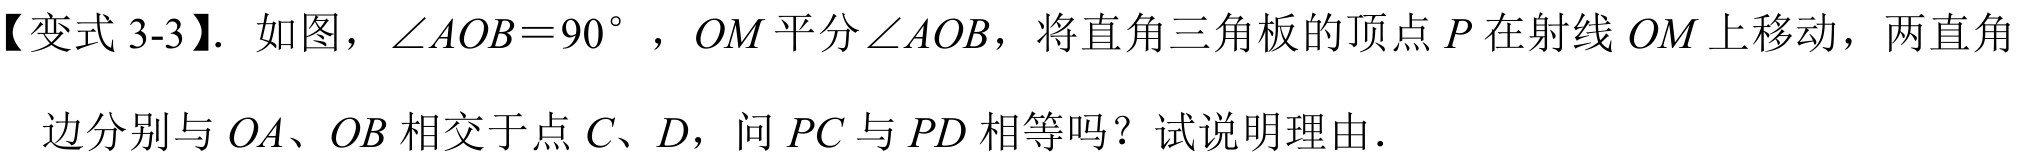
【变式 3-3】. 如图，$\angle AOB = 90^{\circ}$，$OM$平分$\angle AOB$，将直角三角板的顶点$P$在射线$OM$上移动，两直角边分别与$OA$、$OB$相交于点$C$、$D$，问$PC$与$PD$相等吗？试说明理由.